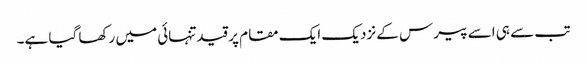
تب سے ہی اسے پیرس کے نزدیک ایک مقام پر قیدتنہائی میں رکھا گیا ہے۔